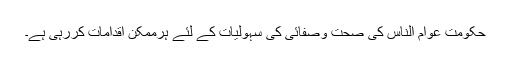
حکومت عوام الناس کی صحت وصفائی کی سہولیات کے لئے ہرممکن اقدامات کررہی ہے۔